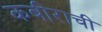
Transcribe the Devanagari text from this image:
कबीराची